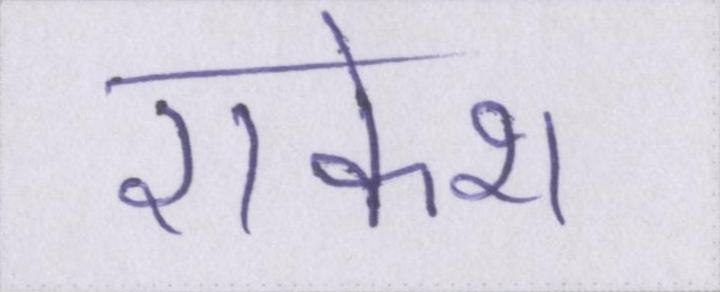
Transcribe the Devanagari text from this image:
राकेश